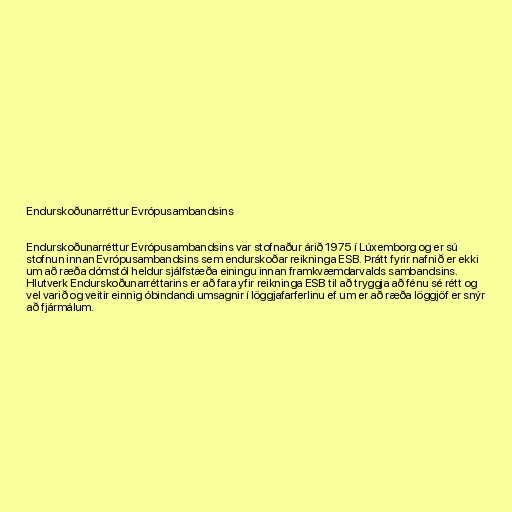
Endurskoðunarréttur Evrópusambandsins

Endurskoðunarréttur Evrópusambandsins var stofnaður árið 1975 í Lúxemborg og er sú
stofnun innan Evrópusambandsins sem endurskoðar reikninga ESB. Þrátt fyrir nafnið er ekki
um að ræða dómstól heldur sjálfstæða einingu innan framkvæmdarvalds sambandsins.
Hlutverk Endurskoðunarréttarins er að fara yfir reikninga ESB til að tryggja að fénu sé rétt og
vel varið og veitir einnig óbindandi umsagnir í löggjafarferlinu ef um er að ræða löggjöf er snýr
að fjármálum.